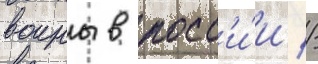
воины в росс'и́и //